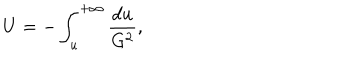
U = - \int _ { u } ^ { + \infty } \frac { d u } { G ^ { 2 } } ,